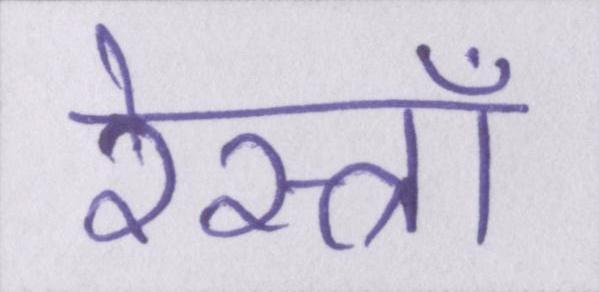
रेस्त्राँ